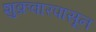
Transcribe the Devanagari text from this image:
शुक्रवारपासून